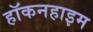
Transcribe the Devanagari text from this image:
हॉकनहाइम